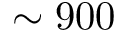
\sim 9 0 0